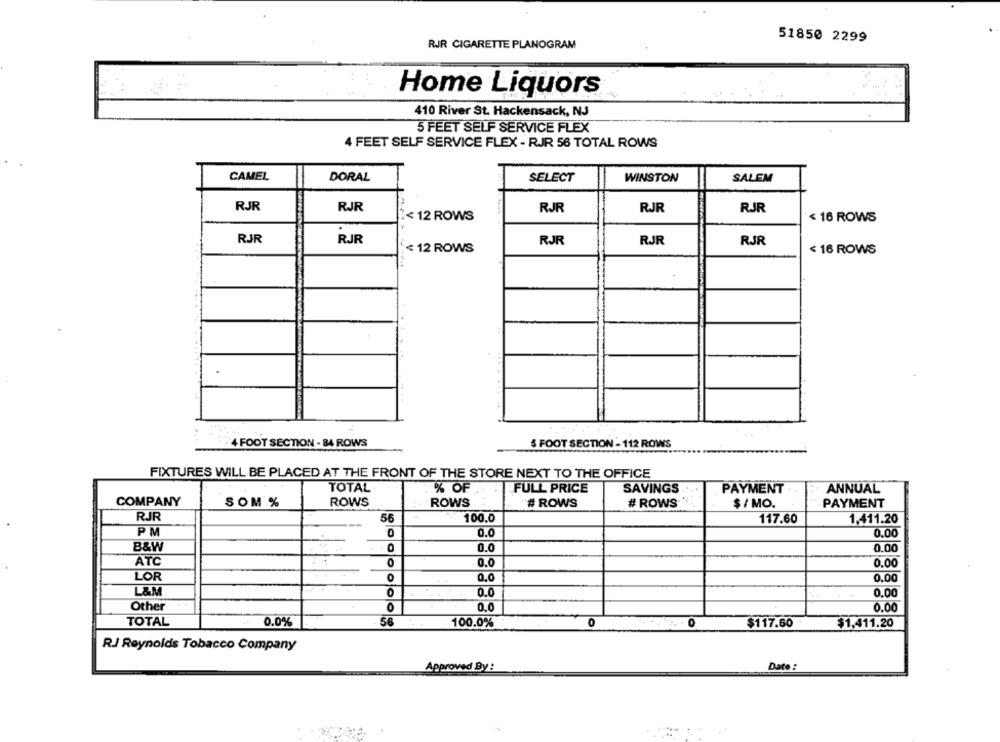
51850 2299
RJR CIGARETTE PLANOGRAM
Home Liquors
410 River St. Hackensack, NJ
5 FEET SELF SERVICE FLEX
4 FEET SELF SERVICE FLEX - RJR 56 TOTAL ROWS
CAMEL
DORAL
SELECT
WINSTON
SALEM
RJR
RJR
RJR
RJR
RJR
< 12 ROWS
< 16 ROWS
RJR
RJR
RJR
RJR
RJR
< 12 ROWS
< 16 ROWS
4 FOOT SECTION - 84 ROWS
6 FOOT SECTION - 112 ROWS
FIXTURES WILL BE PLACED AT THE FRONT OF THE STORE NEXT TO THE OFFICE
TOTAL
% OF
FULL PRICE
SAVINGS
PAYMENT
ANNUAL
COMPANY
SOM %
ROWS
ROWS
# ROWS
# ROWS
$ /MO.
PAYMENT
RJR
56
100.0
117.60
1,411.20
PM
0
0.0
0.00
B&W
0.0
0.00
ATC
O
0.0
0.00
LOR
0.0
0.00
L&M
0.0
0.00
Other
0
0.0
0.00
TOTAL
0.0%
56
100.0%
$117.60
$1,411.20
R.J Reynolds Tobacco Company
Approved By :
Date :